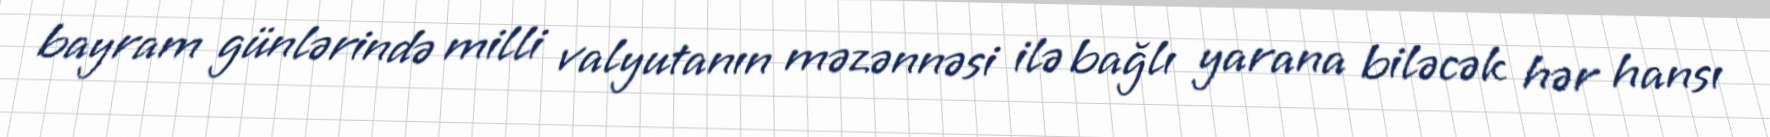
bayram günlərində milli valyutanın məzənnəsi ilə bağlı yarana biləcək hər hansı